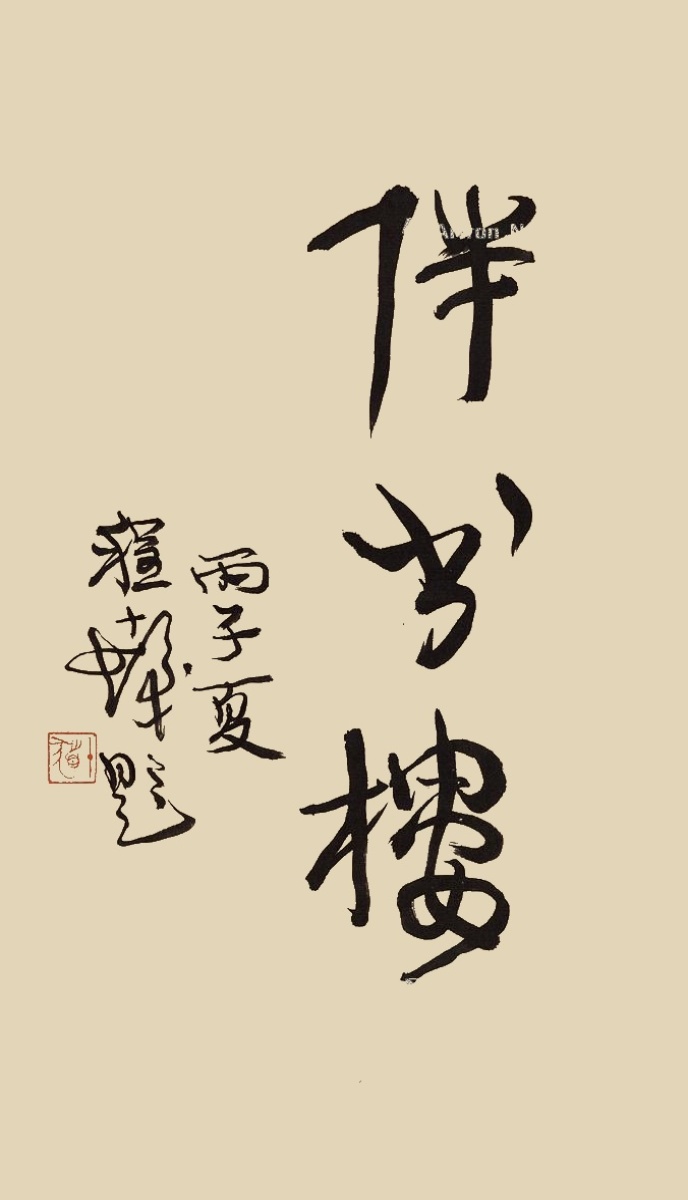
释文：伴书楼。丙子夏，程十发题。